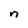
Character: n